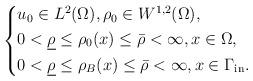
LaTeX: \begin{align*}\left\{\begin{aligned} &u_0\in L^2(\Omega),\rho_0\in W^{1,2}(\Omega),\\ &0<\underline{\rho}\leq\rho_0(x)\leq\bar{\rho}<\infty,x\in\Omega,\\ &0<\underline{\rho}\leq\rho_B(x)\leq\bar{\rho}<\infty,x\in\Gamma_{\rm{in}}.\end{aligned}\right.\end{align*}